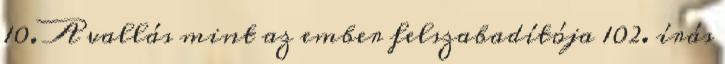
10. A vallás mint az ember felszabadítója 102. írás